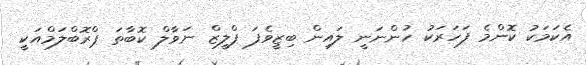
އެކަމަކު ކޮންމެ ފަހަރަކު ހުންނަނީ ލައިން ބިޒީވެފަ ޕްލީޒް ނަވާލް ކޮބާތަ ޕްރޮބްލަމްއަކީ